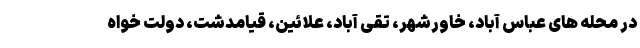
در محله های عباس آباد، خاورشهر، تقی آباد، علائین، قیامدشت، دولت خواه